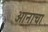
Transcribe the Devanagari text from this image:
आनाचा